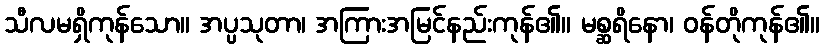
သီလမရှိကုန်သော။ အပ္ပသုတာ၊ အကြားအမြင်နည်းကုန်၏။ မစ္ဆရိနော၊ ဝန်တိုကုန်၏။